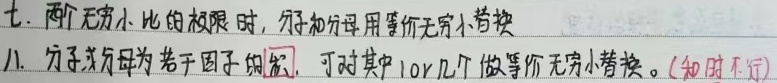
七. 两个无穷小比的极限时，分子和分母用等价无穷小替换。
八. 分子或分母为若干因子的积，可对其中1个或几个做等价无穷小替换。（和时不行）